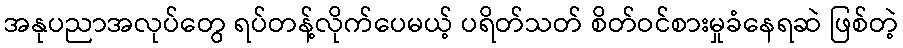
အနုပညာအလုပ်တွေ ရပ်တန့်လိုက်ပေမယ့် ပရိတ်သတ် စိတ်ဝင်စားမှုခံနေရဆဲ ဖြစ်တဲ့